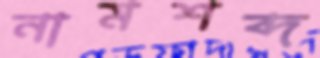
নামশব্দ